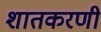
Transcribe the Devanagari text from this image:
शातकरणी